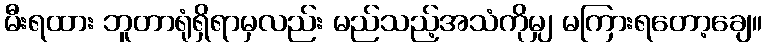
မီးရထား ဘူတာရုံရှိရာမှလည်း မည်သည့်အသံကိုမျှ မကြားရတော့ချေ။